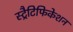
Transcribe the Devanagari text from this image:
स्ट्रैटिफिकेशन